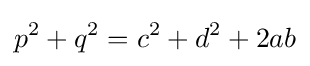
p^{2}+q^{2}=c^{2}+d^{2}+2ab